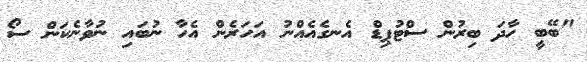
"ބޭބީ ހާދަ ބިރުން ސްޓުޕިޑް އެނގެއެއްނު އަހަރެން އެހާ ނުބައި ނުވާނެކަން ސޯ